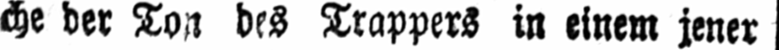
che der Ton des Trappers in einem jener